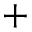
+